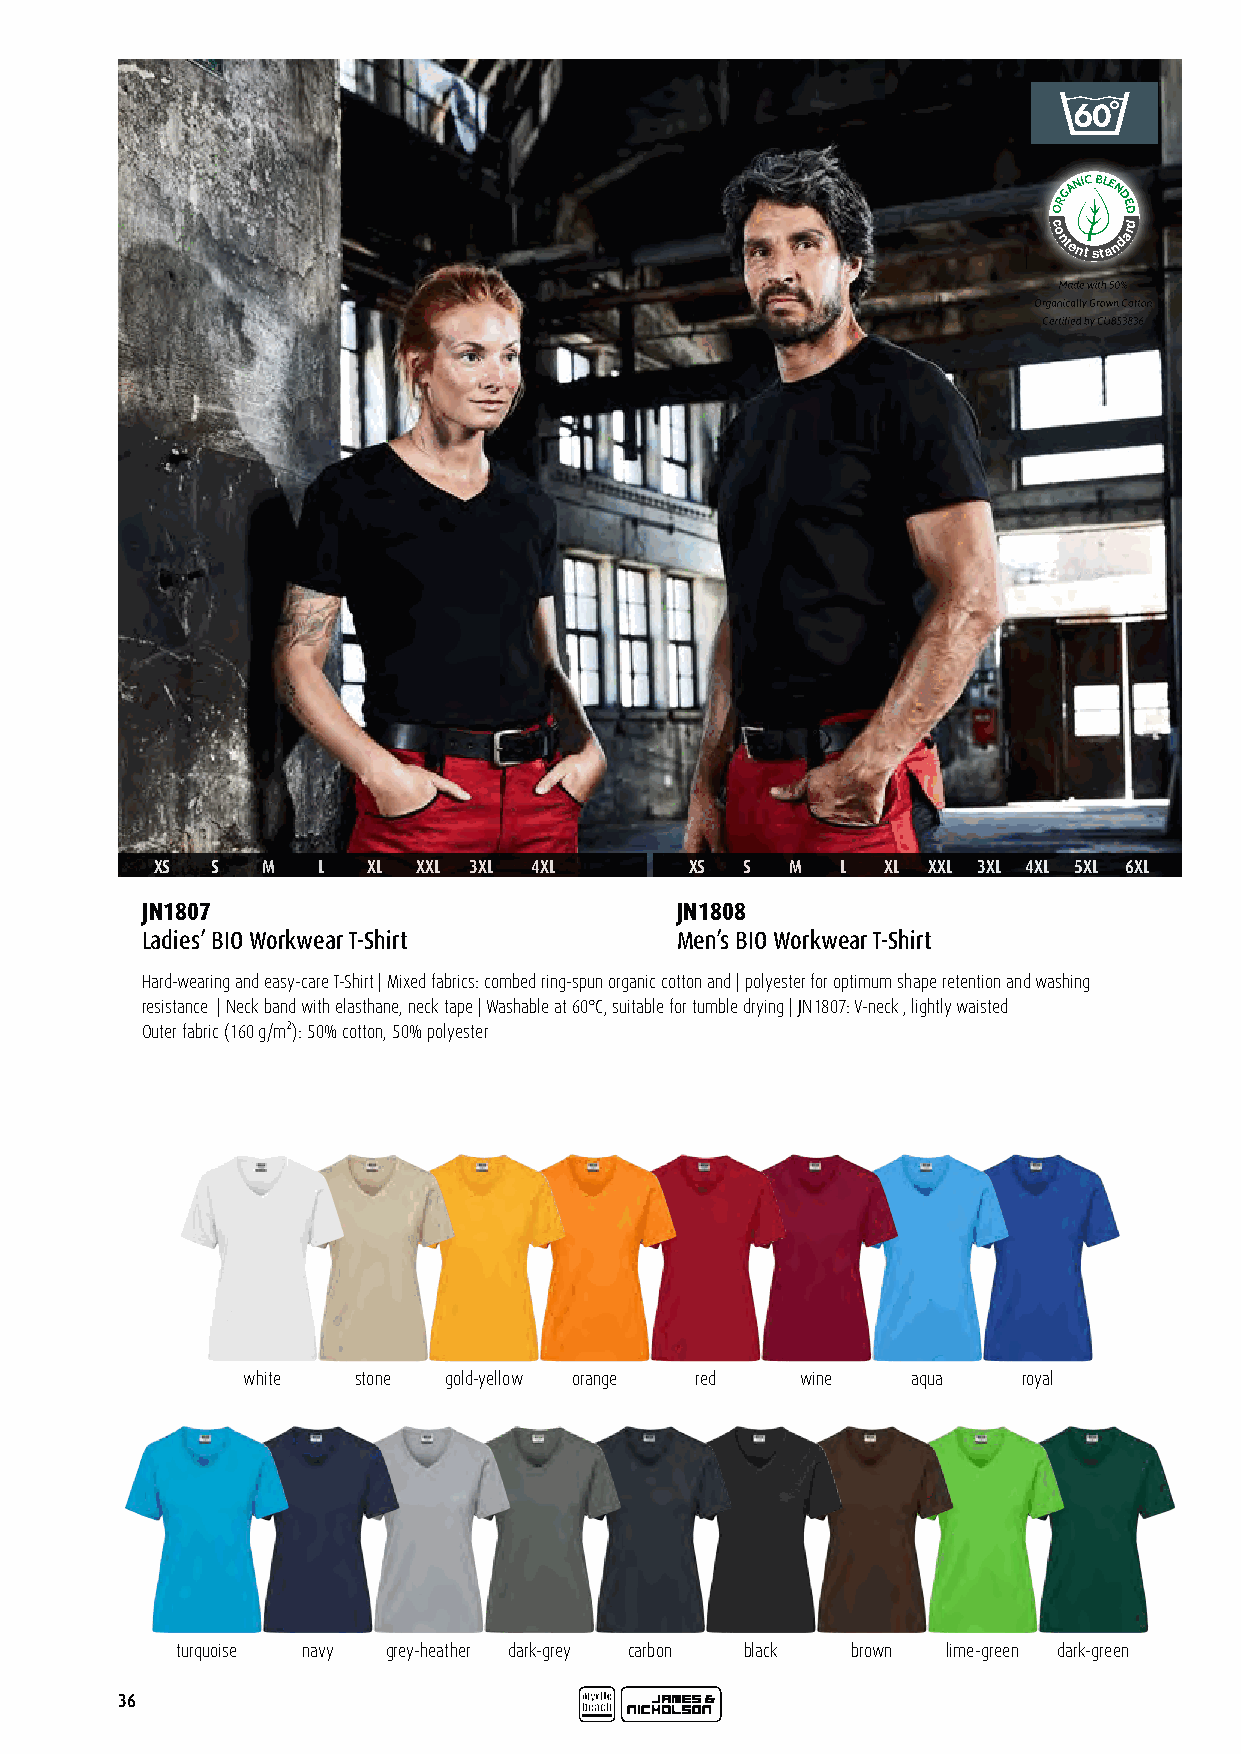
GANIC BLE
 N
 OR  DED
 c
 o
 ntent
 sta
 ndard
 XS  S  M   L  XL  XXL 3XL 4XL       XS S  M   L  XL XXL 3XL 4XL 5XL 6XL
 JN1807                              JN1808
 Ladies’ BIO Workwear T-Shirt        Men’s BIO Workwear T-Shirt
 Hard-wearing and easy-care T-Shirt | Mixed fabrics: combed ring-spun organic cotton and | polyester for optimum shape retention and washing
 resistance | Neck band with elasthane, neck tape | Washable at 60°C, suitable for tumble drying | JN1807: V-neck , lightly waisted
 Outer fabric (160 g/m²): 50% cotton, 50% polyester
 white  stone gold-yellow orange red  wine   aqua    royal
 turquoise navy grey-heather dark-grey carbon black brown lime-green dark-green
 36